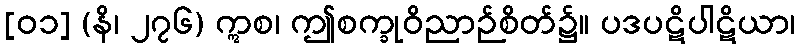
[၀၁] (နိ၊ ၂၇၆) ဣစ၊ ဤစက္ခုဝိညာဉ်စိတ်၌။ ပဒပဋိပါဋိယာ၊